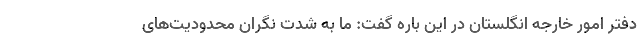
دفتر امور خارجه انگلستان در این باره گفت: ما به شدت نگران محدودیت‌های